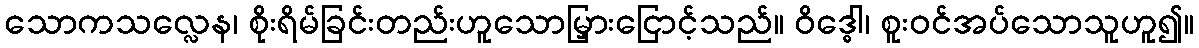
သောကသလ္လေန၊ စိုးရိမ်ခြင်းတည်းဟူသောမြှားငြောင့်သည်။ ဝိဒ္ဓေါ၊ စူးဝင်အပ်သောသူဟူ၍။